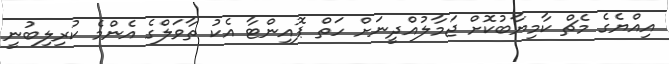
އިއްޔެގެ މެޗް ކާމިޔާބުކޮށް ޖަމާލުއްދީނަށް ހަތް ޕޮއިންޓާ އެކު ތާވަލްގެ އެންމެ ކުރިލިބުނީ